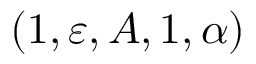
( 1 , \varepsilon , A , 1 , \alpha )